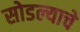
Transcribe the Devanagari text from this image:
सोडल्याचे